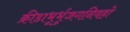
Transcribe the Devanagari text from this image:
क्रीडाभूर्भुजगनिवहो